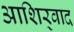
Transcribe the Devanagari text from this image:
आशिर्‍वाद